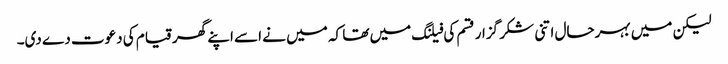
لیکن میں بہرحال اتنی شکر گزار قسم کی فیلنگ میں تھا کہ میں نے اسے اپنے گھر قیام کی دعوت دے دی۔